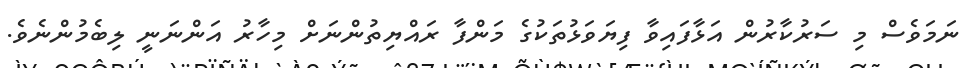
ނަމަވެސް މި ސަރުކާރުން އަޅާފައިވާ ފިޔަވަޅުތަކުގެ މަންފާ ރައްޔިތުންނަށް މިހާރު އަންނަނީ ލިބެމުންނެވެ.